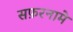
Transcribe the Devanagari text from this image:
सफ़रनामे